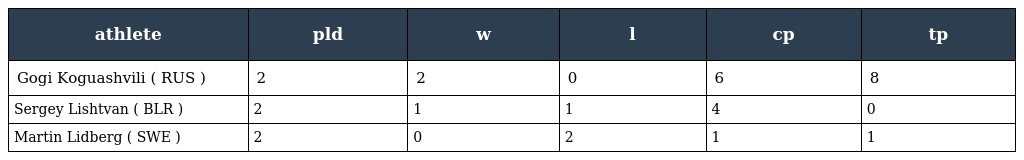
| athlete | pld | w | l | cp | tp |
 | --- | --- | --- | --- | --- | --- |
 | Gogi Koguashvili ( RUS ) | 2 | 2 | 0 | 6 | 8 |
 | Sergey Lishtvan ( BLR ) | 2 | 1 | 1 | 4 | 0 |
 | Martin Lidberg ( SWE ) | 2 | 0 | 2 | 1 | 1 |